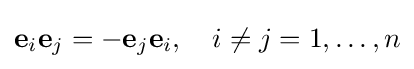
\mathbf {e} _{i}\mathbf {e} _{j}=-\mathbf {e} _{j}\mathbf {e} _{i},\quad i\neq j=1,\ldots ,n